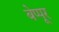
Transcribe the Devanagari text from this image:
बेप्पूर